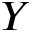
Y